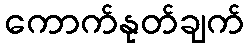
ကောက်နုတ်ချက်